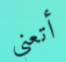
أتعني